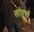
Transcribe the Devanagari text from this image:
सोहरों